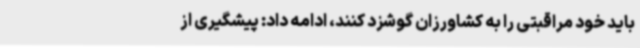
باید خود مراقبتی را به کشاورزان گوشزد کنند، ادامه داد: پیشگیری از